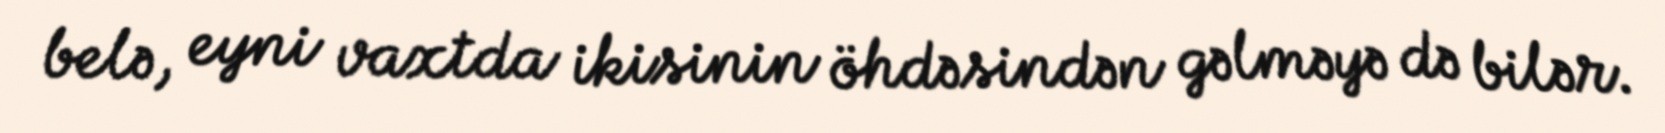
belə, eyni vaxtda ikisinin öhdəsindən gəlməyə də bilər.